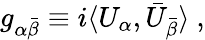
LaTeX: g_{\alpha\bar{\beta}}\equiv i\langle U_{\alpha},\bar{U}_{\bar{\beta}}\rangle\ ,